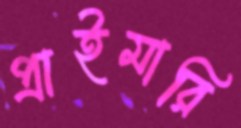
প্রাইমারি